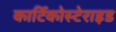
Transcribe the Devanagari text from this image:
कार्टिकोस्टेराइड